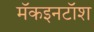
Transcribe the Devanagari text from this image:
मॅकइनटॉश